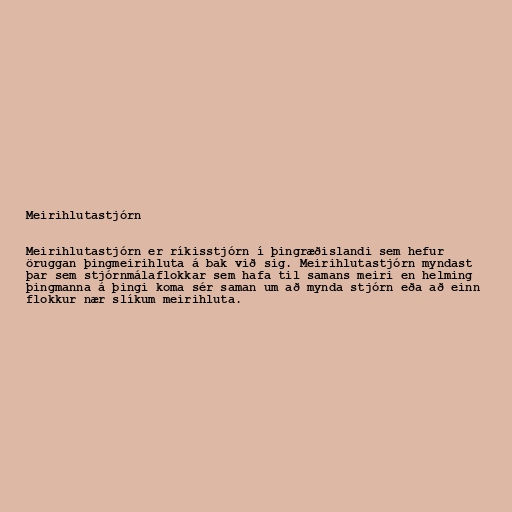
Meirihlutastjórn

Meirihlutastjórn er ríkisstjórn í þingræðislandi sem hefur
öruggan þingmeirihluta á bak við sig. Meirihlutastjórn myndast
þar sem stjórnmálaflokkar sem hafa til samans meiri en helming
þingmanna á þingi koma sér saman um að mynda stjórn eða að einn
flokkur nær slíkum meirihluta.